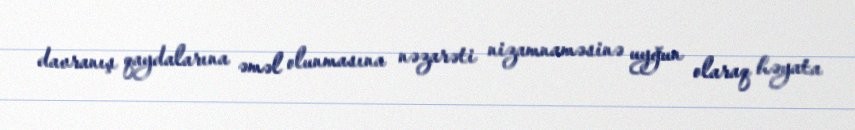
davranış qaydalarına əməl olunmasına nəzarəti nizamnaməsinə uyğun olaraq həyata